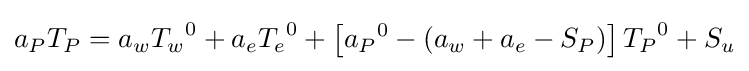
a_{P}T_{P}=a_{w}{T_{w}}^{0}+a_{e}{T_{e}}^{0}+\left[{a_{P}}^{0}-\left(a_{w}+a_{e}-S_{P}\right)\right]{T_{P}}^{0}+S_{u}